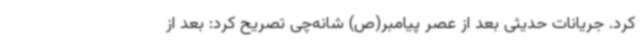
کرد. جریانات حدیثی بعد از عصر پیامبر(ص) شانه‌چی تصریح کرد: بعد از